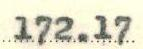
172.17